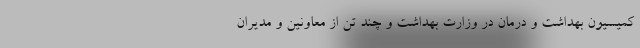
کمیسیون بهداشت و درمان در وزارت بهداشت و چند تن از معاونین و مدیران